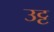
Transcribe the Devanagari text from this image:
उट्ट